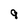
Character: 9